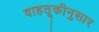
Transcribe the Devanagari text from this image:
वाहतूकीनुसार